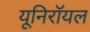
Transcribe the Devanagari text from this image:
यूनिरॉयल